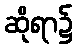
ဆိုရာ၌